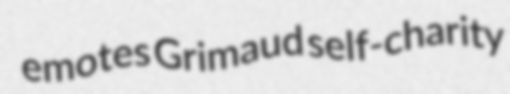
emotes Grimaud self-charity